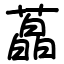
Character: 藠